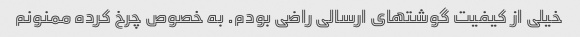
خیلی از کیفیت گوشتهای ارسالی راضی بودم‌. به خصوص چرخ کرده ممنونم